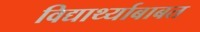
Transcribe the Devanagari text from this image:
विद्यार्थ्याबाबत